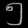
Digit: ၅